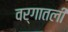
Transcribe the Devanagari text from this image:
वर्गातली